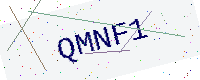
Text: QMNF1